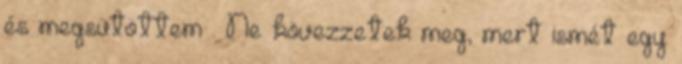
és megsütöttem . Ne kövezzetek meg, mert ismét egy